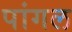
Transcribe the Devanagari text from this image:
पांगल